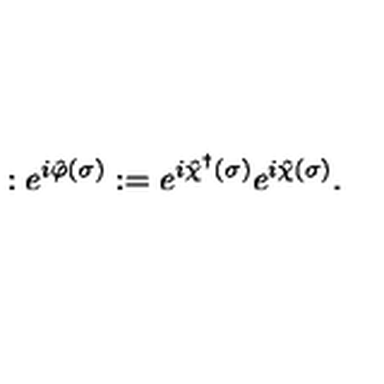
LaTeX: : e ^ { i \hat { \varphi } ( \sigma ) } : = e ^ { i \hat { \chi } ^ { \dagger } ( \sigma ) } e ^ { i \hat { \chi } ( \sigma ) } .